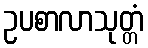
ဥပစာလာသုတ္တံ